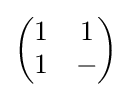
{\begin{pmatrix}1&1\\1&-\end{pmatrix}}